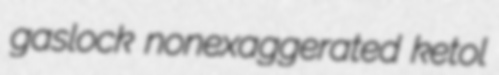
gaslock nonexaggerated ketol